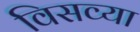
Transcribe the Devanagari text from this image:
विसव्या